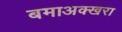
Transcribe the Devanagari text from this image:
बमाअक्खरा